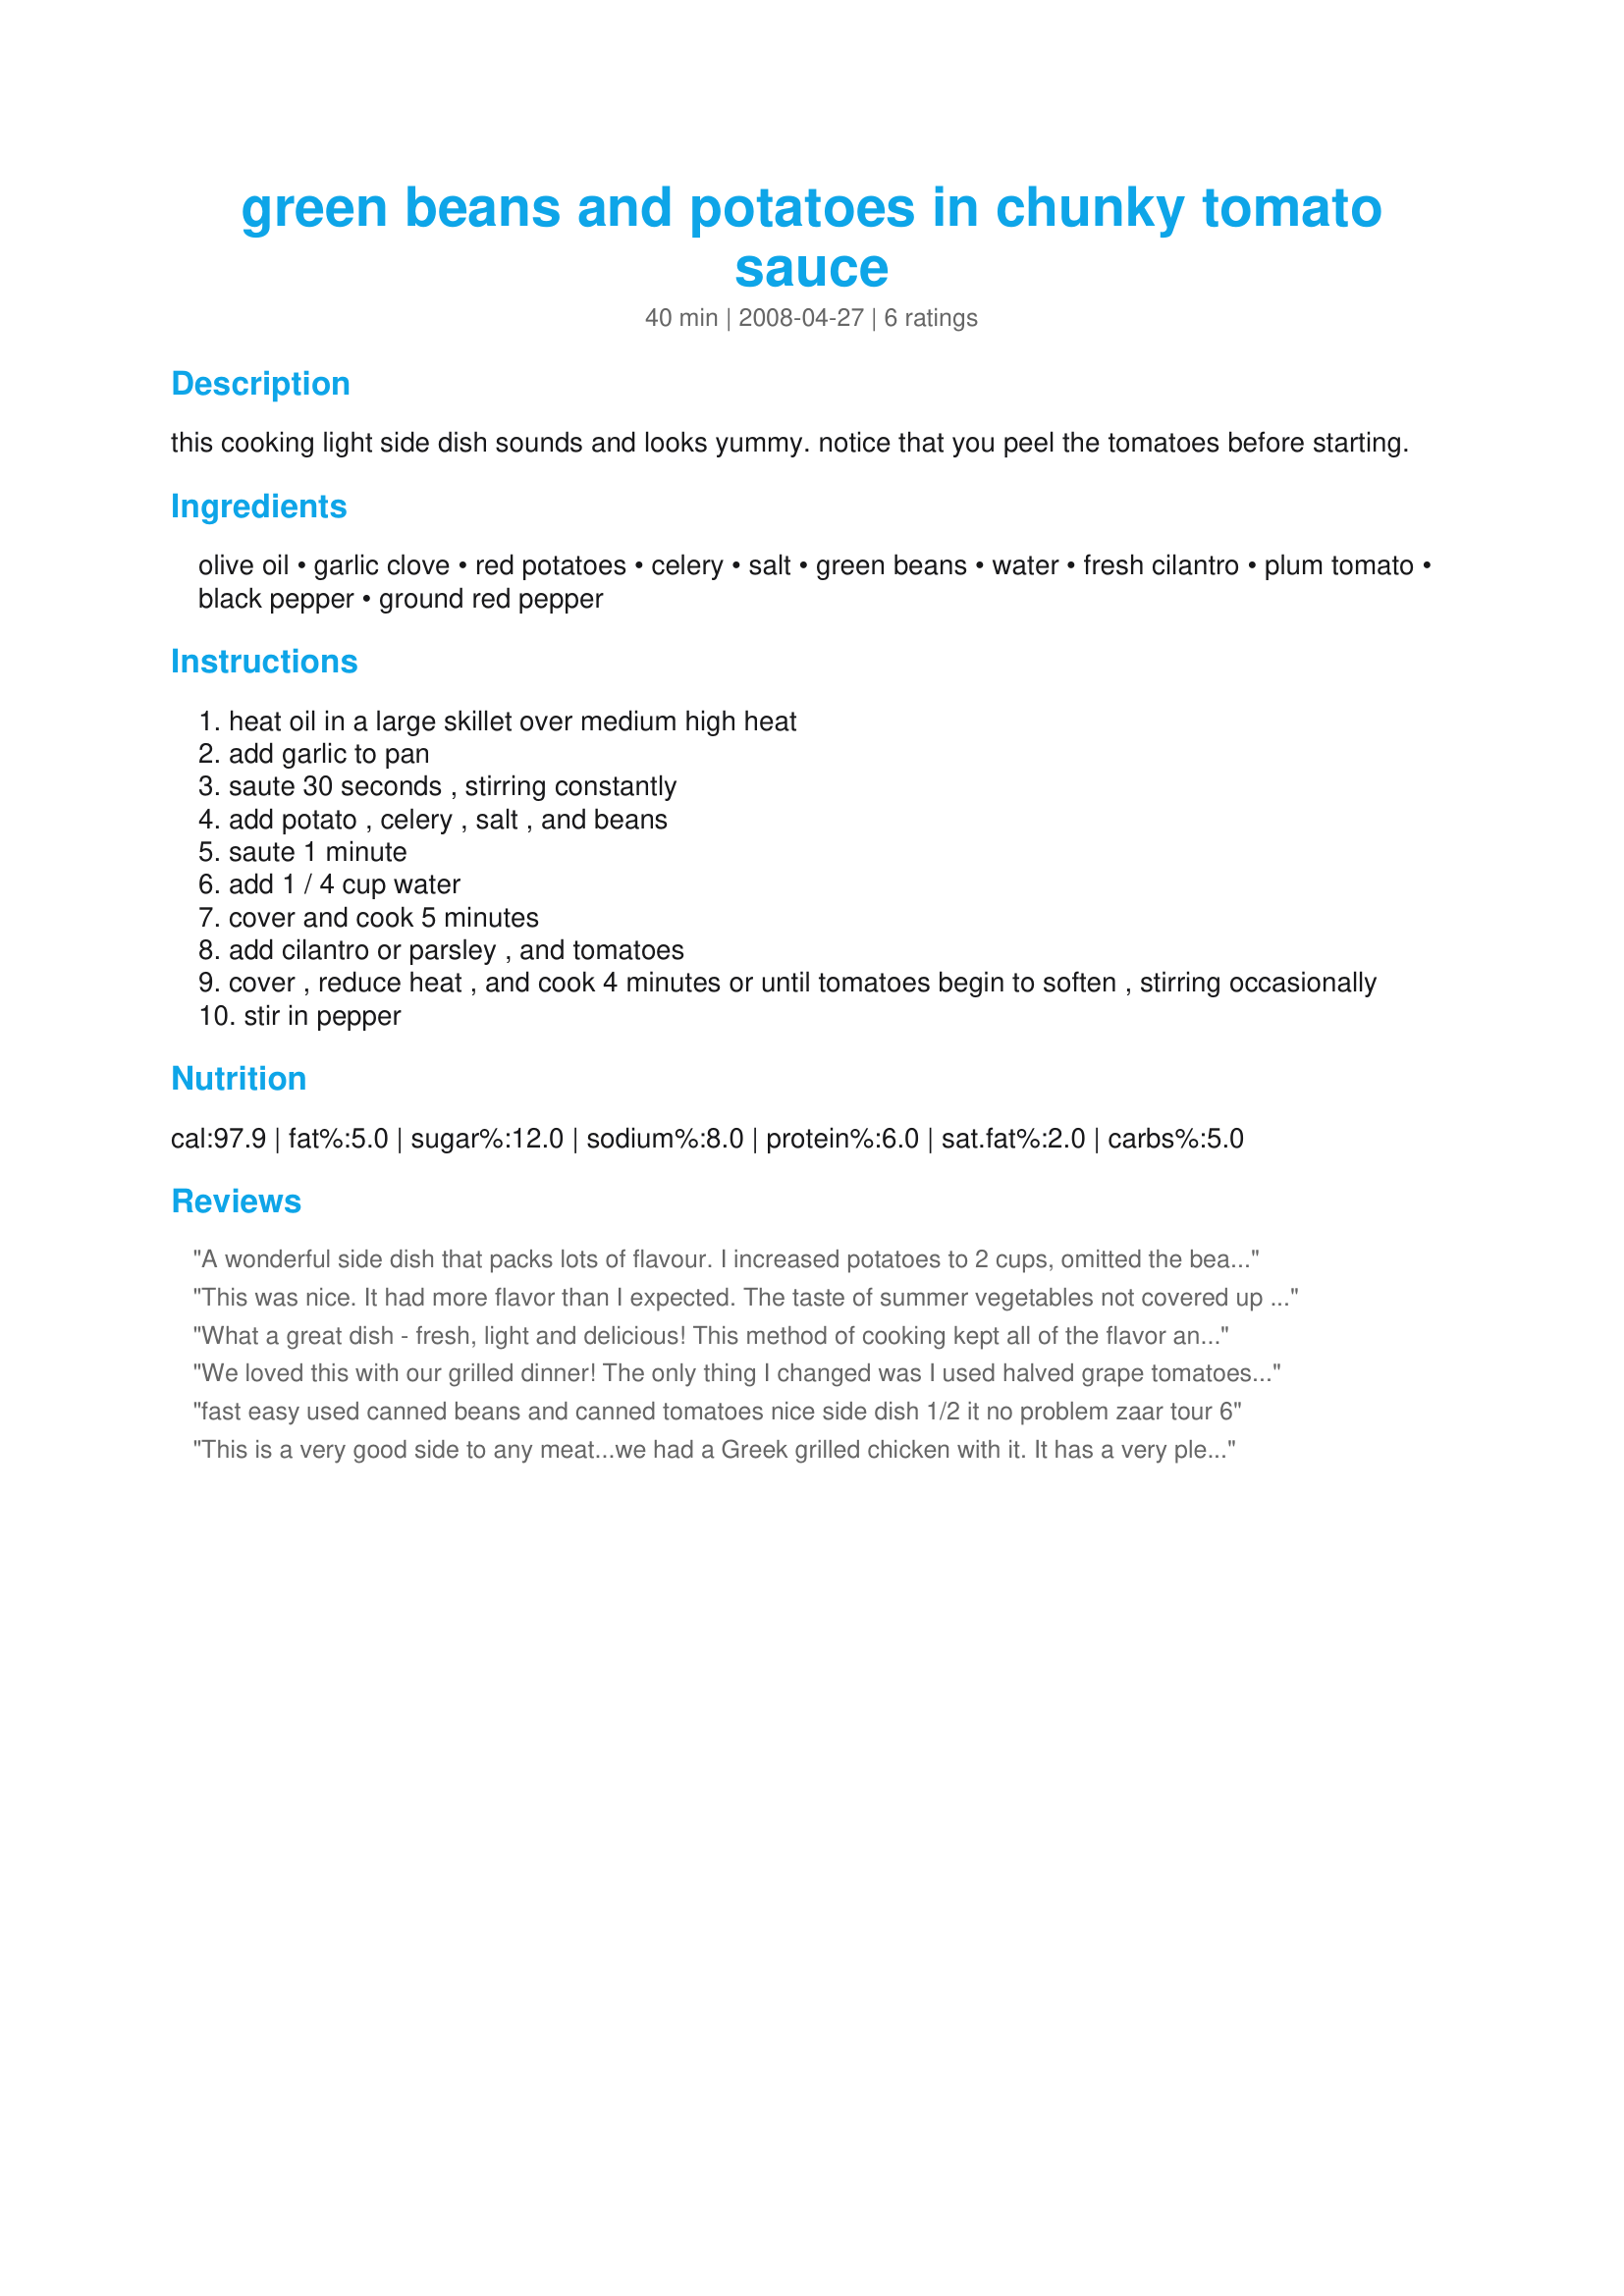
green beans and potatoes in chunky tomato sauce
Preparation time: 40 minutes

this cooking light side dish sounds and looks yummy. notice that you peel the tomatoes before starting.

Ingredients:
olive oil, garlic clove, red potatoes, celery, salt, green beans, water, fresh cilantro, plum tomato, black pepper, ground red pepper

Steps:
heat oil in a large skillet over medium high heat
add garlic to pan
saute 30 seconds , stirring constantly
add potato , celery , salt , and beans
saute 1 minute
add 1 / 4 cup water
cover and cook 5 minutes
add cilantro or parsley , and tomatoes
cover , reduce heat , and cook 4 minutes or until tomatoes begin to soften , stirring occasionally
stir in pepper

Reviews:
A wonderful side dish that packs lots of flavour. I increased potatoes to 2 cups, omitted the beans and added 1 cup of sliced mushrooms instead. I would say that it would be hard to stretch the recipe for 8 servings, unless they are quite small. Made for 123 tag
This was nice. It had more flavor than I expected. The taste of summer vegetables not covered up with spicing. Didn&#039;t post a photo, as I accidentally put in 1 &amp; 3/4 lb of tomatoes, not 3/4 lb. So mine was much more liquid than other peoples. I had to cook it a lot longer than the recipe suggested and even then DH complained it was too tough. But he likes mushy vegetables &amp; I like mine chewier.
What a great dish - fresh, light and delicious! This method of cooking kept all of the flavor and goodness in the veggies and the black and red pepper really pulled the flavors together. I easily halved the recipe and we really enjoyed this - thanks for sharing the recipe!
We loved this with our grilled dinner! The only thing I changed was I used halved grape tomatoes from our garden. CQ
fast easy used canned beans and canned tomatoes nice side dish 1/2 it no problem zaar tour 6
This is a very good side to any meat...we had a Greek grilled chicken with it. It has a very pleasant flavor. Made for ZWT # 6 - 2010
